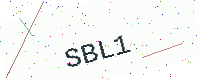
Text: SBL1